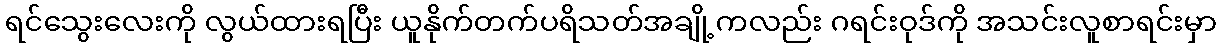
ရင်သွေးလေးကို လွယ်ထားရပြီး ယူနိုက်တက်ပရိသတ်အချို့ကလည်း ဂရင်းဝုဒ်ကို အသင်းလူစာရင်းမှာ